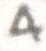
4